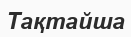
Тақтайша